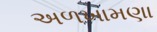
અળખામણા